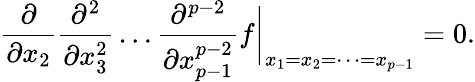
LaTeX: \frac{\partial}{\partial x_{2}}\frac{\partial^{2}}{\partial x_{3}^{2}}\dots\frac{\partial^{p-2}}{\partial x_{p-1}^{p-2}}f\biggr|_{x_{1}=x_{2}=\dots=x_{p-1}}=0.